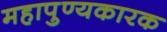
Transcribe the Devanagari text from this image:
महापुण्यकारक